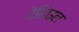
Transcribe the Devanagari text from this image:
देखिइल